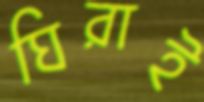
ঘিরাই